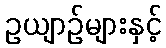
ဥယျာဉ်များနှင့်